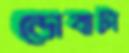
ডোবাটা